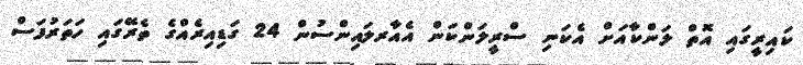
ކައިރީގައި އޮތް ލަންކާއަށް އެކަނި ސްރީލަންކަން އެއާރލައިންސުން 24 ގަޑިއިރެއްގެ ތެރޭގައި ހަތަރުފަސް